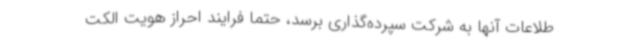
طلاعات آنها به شرکت سپرده‌گذاری برسد، حتما فرایند احراز هویت الکت